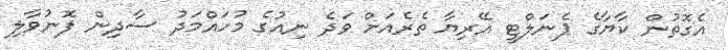
އެގޮތުން ކާޔާގެ ޕެނަލްޓީ އޭރިޔާ ތެރެއަށް ވަދެ ނިއުގެ މުހައްމަދު ސާދިން ފޮނުވާލި